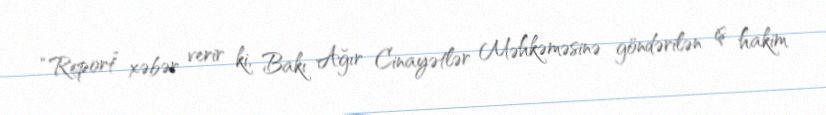
“Report” xəbər verir ki, Bakı Ağır Cinayətlər Məhkəməsinə göndərilən iş hakim